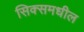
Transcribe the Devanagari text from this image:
सिक्समधील